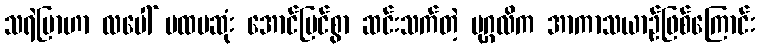
သရဲပြာဟာ လပေါ် ပထမဆုံး အောင်မြင်စွာ ဆင်းသက်တဲ့ ပုဂ္ဂလိက အာကာသယာဉ်ဖြစ်ကြောင်း